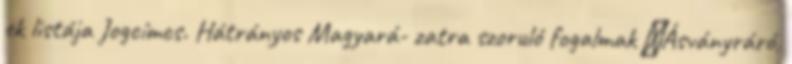
ek listája Jogcímcs. Hátrányos Magyará- zatra szoruló fogalmak ▪Ásványráró,